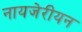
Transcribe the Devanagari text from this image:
नायजेरीयन